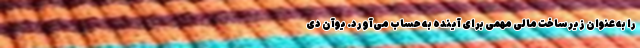
را به عنوان زیرساخت مالی مهمی برای آینده به حساب می‌آورد. یوآن دی